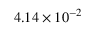
4 . 1 4 \times 1 0 ^ { - 2 }